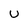
Character: u